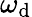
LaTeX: \omega_{\mathrm{d}}